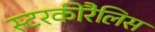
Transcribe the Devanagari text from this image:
स्टरकीरैलिस